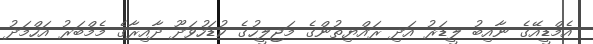
އެމްޑީއޭގެ ނާއިބު ލީޑަރު އަދި ރައްޔިތުންގެ މަޖިލީހުގެ ކުޑަހުވަދޫ ދާއިރާގެ މެމްބަރު އަހްމަދު